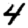
Digit: 4